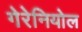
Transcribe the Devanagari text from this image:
गेरेनियोल